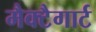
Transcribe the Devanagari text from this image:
मैक्टैगार्ट